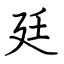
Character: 廷